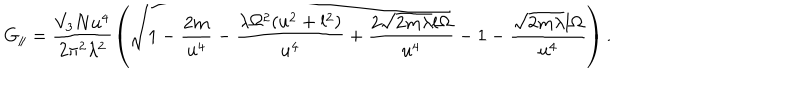
LaTeX: G _ { \parallel } = \frac { V _ { 3 } N u ^ { 4 } } { 2 \pi ^ { 2 } \lambda ^ { 2 } } \left( \sqrt { 1 - \frac { 2 m } { u ^ { 4 } } - \frac { \lambda \Omega ^ { 2 } ( u ^ { 2 } + l ^ { 2 } ) } { u ^ { 4 } } + \frac { 2 \sqrt { 2 m \lambda } l \Omega } { u ^ { 4 } } } - 1 - \frac { \sqrt { 2 m \lambda } l \Omega } { u ^ { 4 } } \right) .